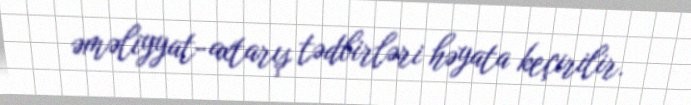
əməliyyat-axtarış tədbirləri həyata keçirilir.